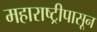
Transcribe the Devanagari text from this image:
महाराष्ट्रीपासून